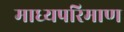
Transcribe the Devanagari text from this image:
माध्यपरिमाण